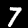
Digit: 7